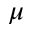
\mu